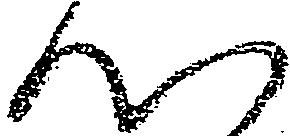
心